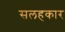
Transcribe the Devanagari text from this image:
सलहकार